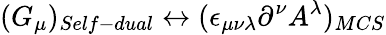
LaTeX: (G_{\mu})_{Self-dual}\leftrightarrow(\epsilon_{\mu\nu\lambda}\partial^{\nu}A^{\lambda})_{MCS}